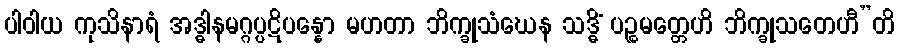
ပါဝါယ ကုသိနာရံ အဒ္ဓါနမဂ္ဂပ္ပဋိပန္နော မဟတာ ဘိက္ခုသံဃေန သဒ္ဓိံ ပဉ္စမတ္တေဟိ ဘိက္ခုသတေဟီ”တိ